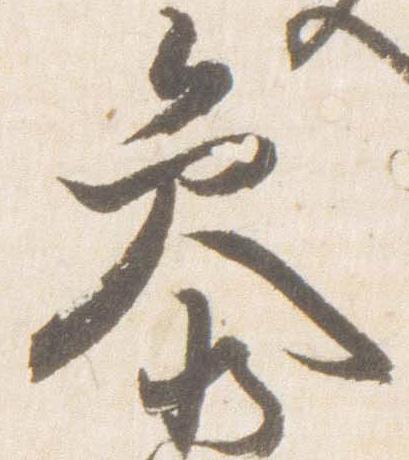
参